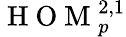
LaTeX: \mathrm{~H~O~M~}_{p}^{2,1}